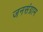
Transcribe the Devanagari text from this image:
जनसंग्राम